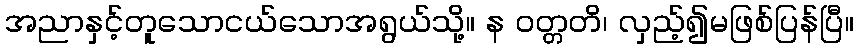
အညာနှင့်တူသောငယ်သောအရွယ်သို့။ န ဝတ္တတိ၊ လှည့်၍မဖြစ်ပြန်ပြီ။